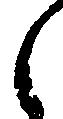
之